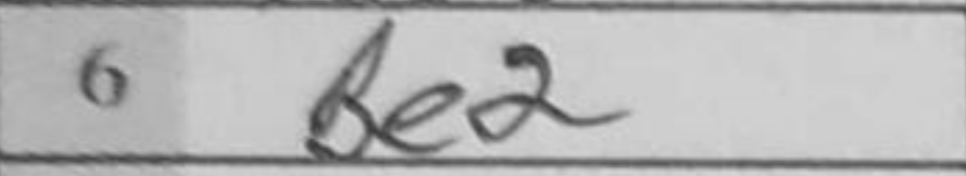
Transcription: Be2